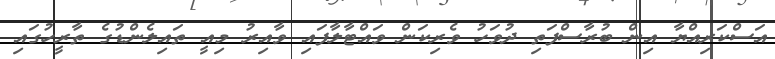
އަސްކަރިއްޔާ އިން ބުރާސްފަތި ދުވަހު ވެރިކަން ވައްޓާލާފައި ވާއިރު މިއީ ތައިލެންޑުގެ ތާރީހުގައި